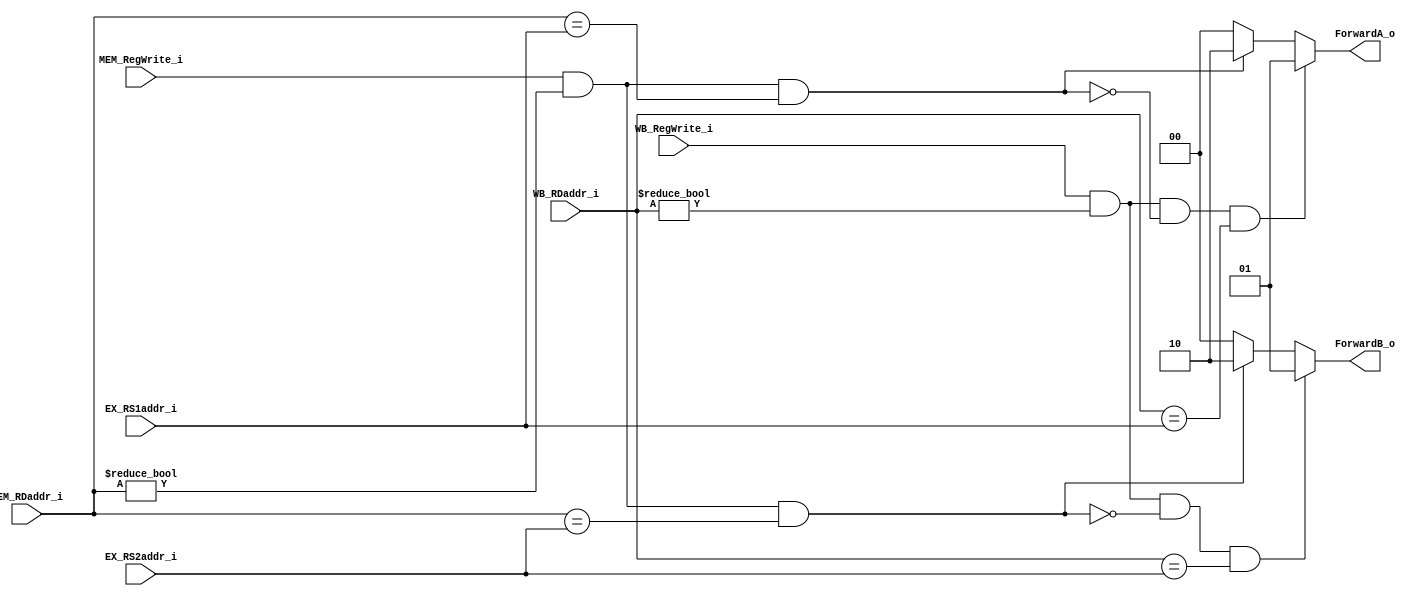
module ForwadingUnit
(
    EX_RS1addr_i,
    EX_RS2addr_i,
    MEM_RegWrite_i,
    MEM_RDaddr_i,
    WB_RegWrite_i,
    WB_RDaddr_i,
    
    ForwardA_o,
    ForwardB_o
);

// Ports
input   [4:0]       EX_RS1addr_i;
input   [4:0]       EX_RS2addr_i;
input               MEM_RegWrite_i;
input   [4:0]       MEM_RDaddr_i;
input               WB_RegWrite_i;
input   [4:0]       WB_RDaddr_i;

output  [1:0]       ForwardA_o;
output  [1:0]       ForwardB_o;

reg     [1:0]       ForwardA_o;
reg     [1:0]       ForwardB_o;

always@(EX_RS1addr_i or EX_RS2addr_i or MEM_RegWrite_i or MEM_RDaddr_i or WB_RegWrite_i or WB_RDaddr_i) begin
    ForwardA_o = 2'b0;
    ForwardB_o = 2'b0;

    if(MEM_RegWrite_i && (MEM_RDaddr_i != 0) && (MEM_RDaddr_i == EX_RS1addr_i))
    begin
        ForwardA_o = 2'b10;
    end
    if(MEM_RegWrite_i && (MEM_RDaddr_i != 0) && (MEM_RDaddr_i == EX_RS2addr_i))
    begin
        ForwardB_o = 2'b10;
    end
    
    if(WB_RegWrite_i && (WB_RDaddr_i != 0) && !(MEM_RegWrite_i && (MEM_RDaddr_i != 0) && (MEM_RDaddr_i == EX_RS1addr_i)) && (WB_RDaddr_i == EX_RS1addr_i))
    begin
        ForwardA_o = 2'b01;
    end
    if(WB_RegWrite_i && (WB_RDaddr_i != 0) && !(MEM_RegWrite_i && (MEM_RDaddr_i != 0) && (MEM_RDaddr_i == EX_RS2addr_i)) && (WB_RDaddr_i == EX_RS2addr_i))
    begin
        ForwardB_o = 2'b01;
    end
end

endmodule